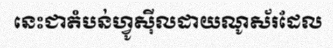
នេះជាតំបន់ហ្វូស៊ីលដាយណូស័រដែល